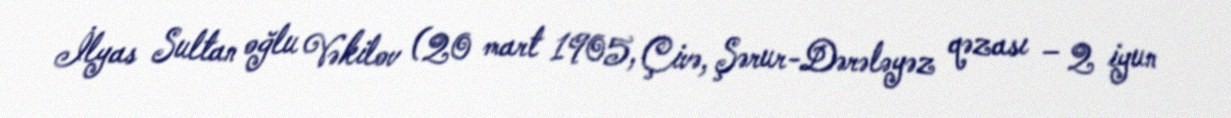
İlyas Sultan oğlu Vəkilov (20 mart 1905, Çivə, Şərur-Dərələyəz qəzası – 2 iyun